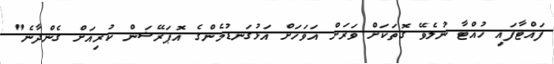
ފައްޓާފައި ހުއްޓާ ނުލެވޭ ގޮތަކަށް ވަރަށް އަވަހަށް އަޅުގަނޑުމެންގެ އޮޕަރޭޝަން ކުރިއަށް ގެންދާނެ"